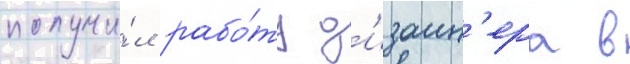
получи́л рабо́ту д'изаин'ера в